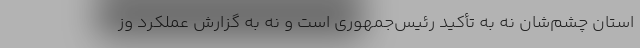
استان چشم‌شان نه به تأکید رئیس‌جمهوری است و نه به گزارش عملکرد وز